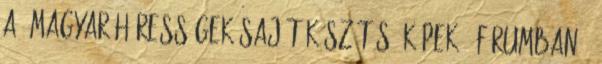
a 'Magyar hírességek saját készítésű képek ' fórumban ,